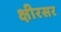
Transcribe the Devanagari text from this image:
क्षीरसर